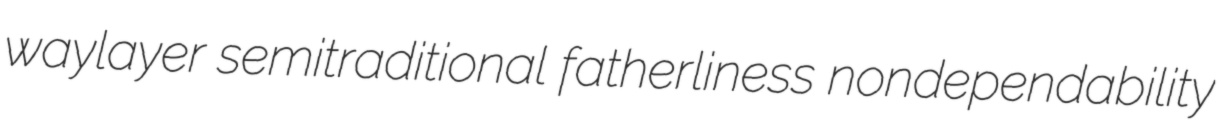
waylayer semitraditional fatherliness nondependability